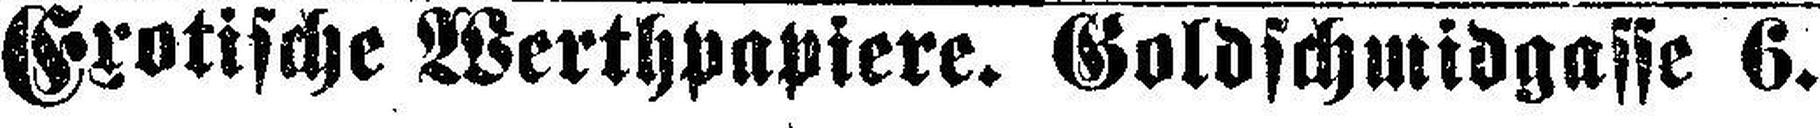
Exotische Werthpapiere. Goldschmidgasse 6.